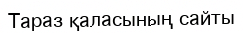
Тараз қаласының сайты